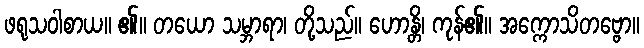
ဖရုသဝါစာယ။ ၏။ တယော သမ္ဘာရာ၊ တို့သည်။ ဟောန္တိ၊ ကုန်၏။ အက္ကောသိတဗ္ဗော။